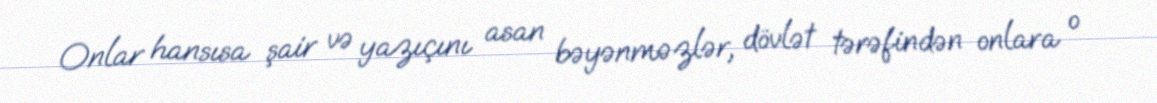
Onlar hansısa şair və yazıçını asan bəyənməzlər, dövlət tərəfindən onlara o